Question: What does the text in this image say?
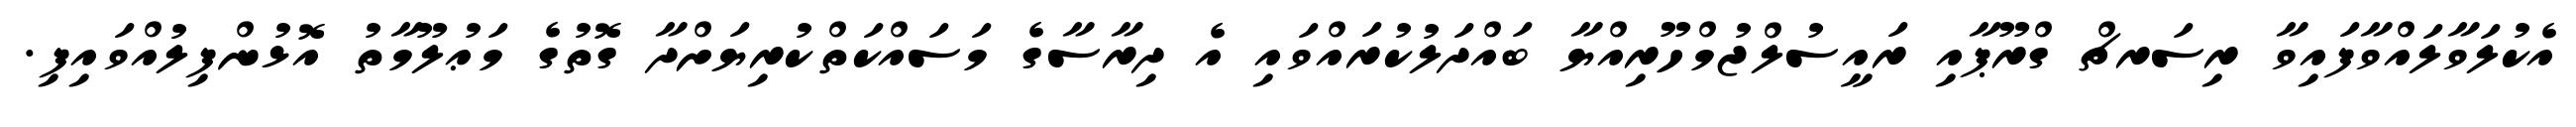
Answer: އެކުލަވާލައްވާފައިވާ ރިސަރޗް ގްރޫޕާއި ރައީސުލްޖުމްހޫރިއްޔާ ބައްދަލުކުރައްވައި އެ ދިރާސާގެ މަސައްކަތްކުރިޔަށްދާ ގޮތުގެ މަޢުލޫމާތު އޮޅުންފިލުއްވައިފި.